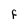
Character: F